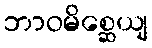
ဘာဝမိစ္ဆေယျ